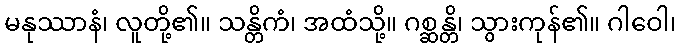
မနုဿာနံ၊ လူတို့၏။ သန္တိကံ၊ အထံသို့။ ဂစ္ဆန္တိ၊ သွားကုန်၏။ ဂါဝေါ၊